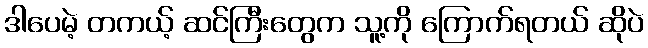
ဒါပေမဲ့ တကယ့် ဆင်ကြီးတွေက သူ့ကို ကြောက်ရတယ် ဆိုပဲ